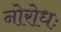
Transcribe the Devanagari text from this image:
नोरोधः